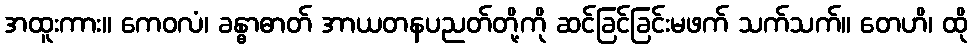
အထူးကား။ ကေဝလံ၊ ခန္ဓာဓာတ် အာယတနပညတ်တို့ကို ဆင်ခြင်ခြင်းမဖက် သက်သက်။ တေဟိ၊ ထို